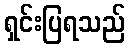
ရှင်းပြရသည်